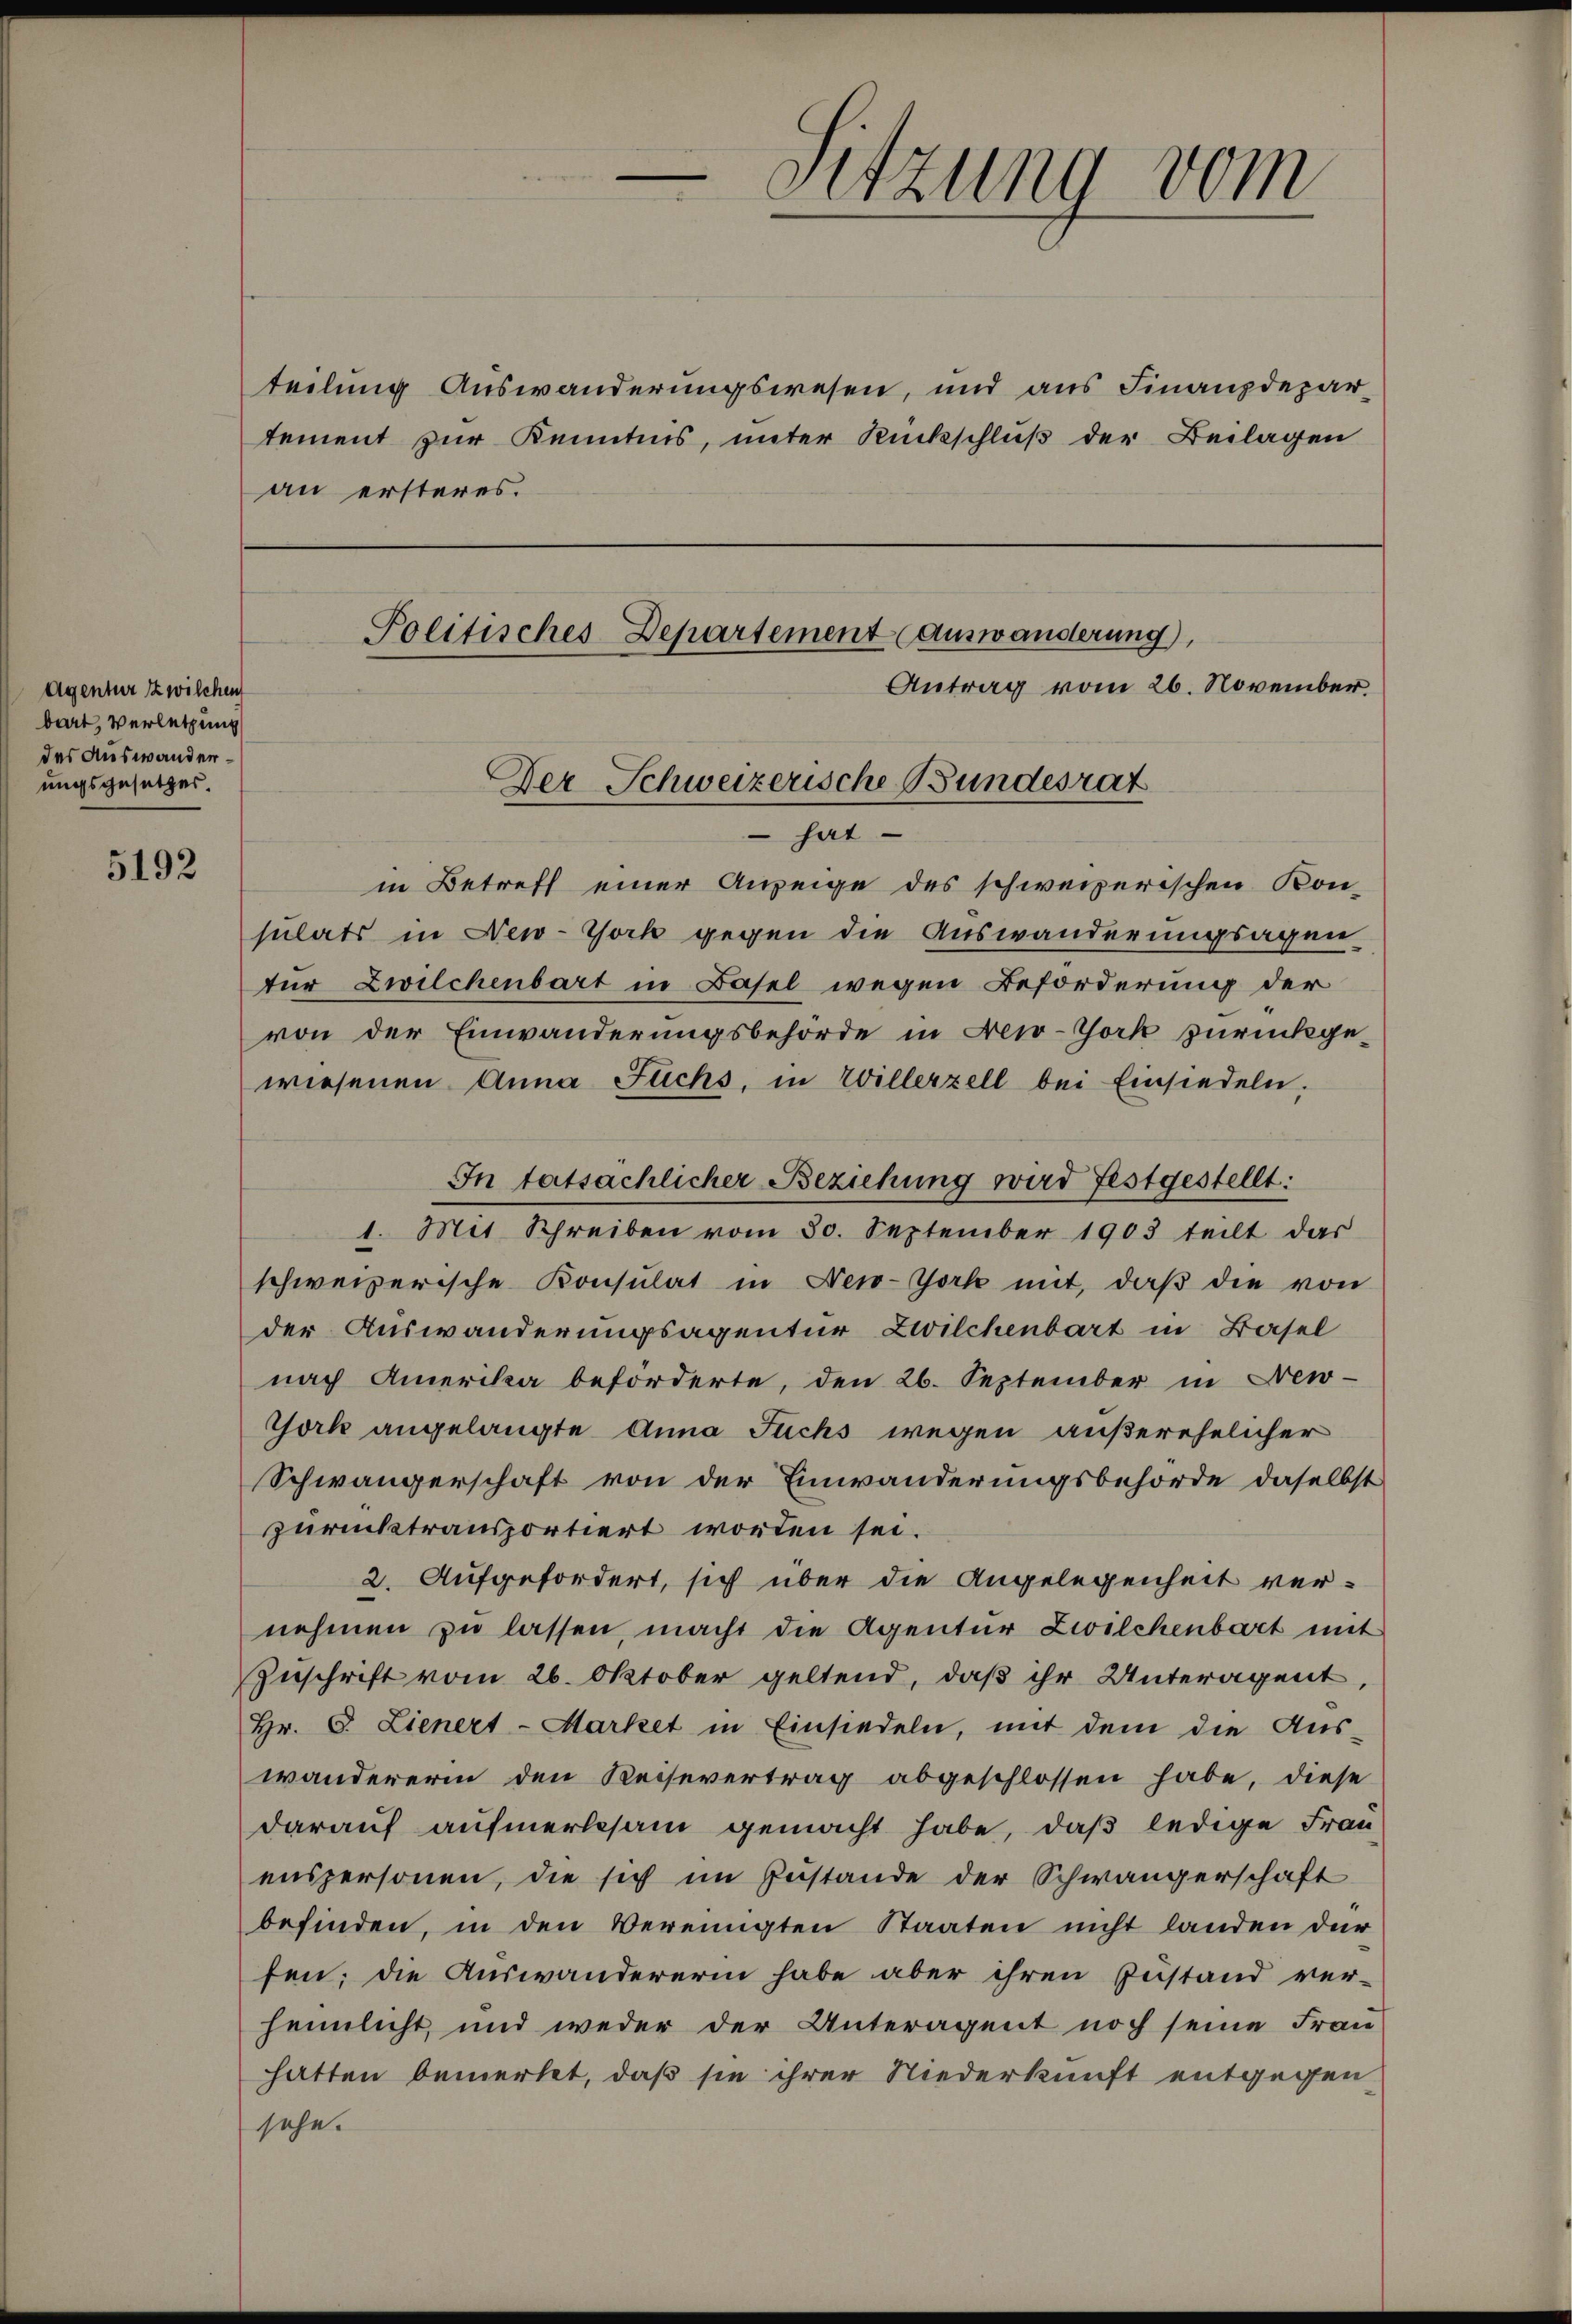
Agentur zwischen
bart, Verletzung
des Auswanderungsgesetzes.

5192

Politisches Departement auswanderung),
Antrag vom 26. November.

Der Schweizerische Bundesrat

sitzung vom

teilung Auswanderungswesen, und aus Finanzdepar-
tement zur Kenntnis, unter Rückschluß der Beilagen
an ersteres.

hat
in Betreff einer Anzeige des schweizerischen Kon-
sulats in New-York gegen die Auswanderungsagen-
tur Zwilchenbart in Basel wegen Beförderung der
von der Einwanderungsbehörde in New-York zurückgewiesenen Anna Fuchs, in Willerzell bei Einsiedeln.
In tatsächlicher Beziehung wird festgestellt:
1. Mit Schreiben vom 30. September 1903 teilt das
schweizerische Konsulat in New-York mit, daβ die von
der Auswanderungsagentur Zwilchenbart in Basel
nach Amerika beförderte, den 26. September in New-
York angelangte Anna Fuchs wegen außerehelicher
Schwängerschaft von der Einwanderungsbehörde daselbst
zurücktransportiert worden sei.
2. Aufgefordert, sich über die Angelegenheit vernehmen zu lassen, macht die Agentur Zwilchenbart mit
Zŭschrift vom 26. Oktober geltend, daβ ihr Unteragent,
Hr. C. Lienert - Market in Einsiedeln, mit dem die Aus-
wandererin den Reisevertrag abgeschlossen habe, diese
darauf aufmerksam gemacht habe, daß ledige Frauenspersonen, die sich im Zustande der Schwängerschaft
befinden, in den Vereinigten Staaten nicht landen dür
fen; die Auswandererin habe aber ihren Zustand ver-
heimlicht, und weder der Unterägent noch seine Frau
hatten bemerkt, daß sie ihrer Niederkunft entgegen
sehe.